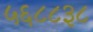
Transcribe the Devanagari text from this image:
५६८८३८